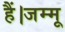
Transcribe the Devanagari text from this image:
हैं।जम्मू